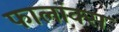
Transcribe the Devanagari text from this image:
फालांक्स